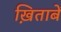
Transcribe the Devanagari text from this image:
ख़िताबें